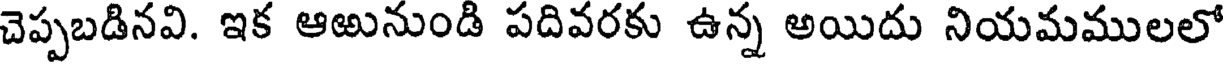
చెప్పబడినవి. ఇక ఆఱునుండి పదివరకు ఉన్న అయిదు నియమములలో